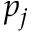
p _ { j }